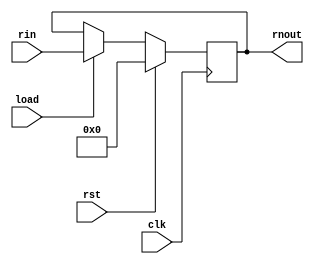
`timescale 1ns / 1ps
module register(rnout,clk,rst,load,rin);

input [31:0] rin;
input clk,rst,load;

output reg [31:0] rnout;

always @(posedge clk)
     begin
	  if(rst==1)
	    rnout<=0;
	  else if(load==1)
	    rnout<=rin;
	  //else 
	   // rnout <= 0;////edited
	  end
	  
endmodule